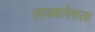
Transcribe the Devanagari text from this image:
लाक्सनेसला